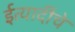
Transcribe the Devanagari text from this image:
ईत्यादींचे